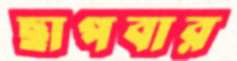
ছাপবার